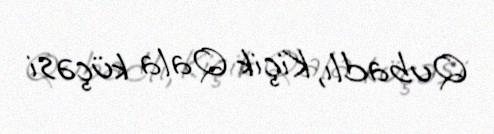
Qubadlı, Kiçik Qala küçəsi